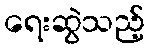
ရေးဆွဲသည့်